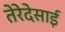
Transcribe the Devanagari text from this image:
तेरेदेसाई